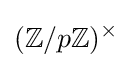
(\mathbb {Z} /p\mathbb {Z} )^{\times }